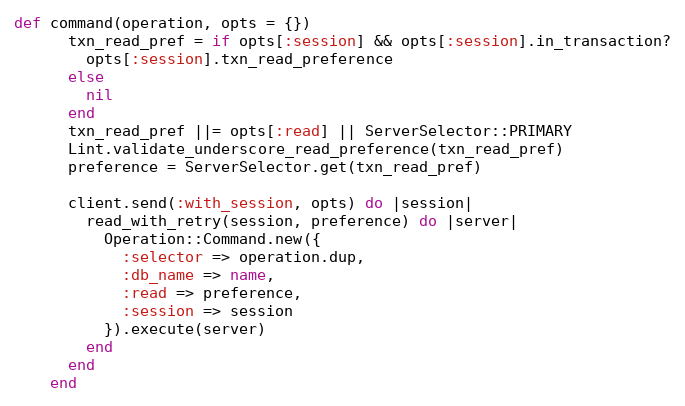
Language: Ruby
def command(operation, opts = {})
      txn_read_pref = if opts[:session] && opts[:session].in_transaction?
        opts[:session].txn_read_preference
      else
        nil
      end
      txn_read_pref ||= opts[:read] || ServerSelector::PRIMARY
      Lint.validate_underscore_read_preference(txn_read_pref)
      preference = ServerSelector.get(txn_read_pref)

      client.send(:with_session, opts) do |session|
        read_with_retry(session, preference) do |server|
          Operation::Command.new({
            :selector => operation.dup,
            :db_name => name,
            :read => preference,
            :session => session
          }).execute(server)
        end
      end
    end